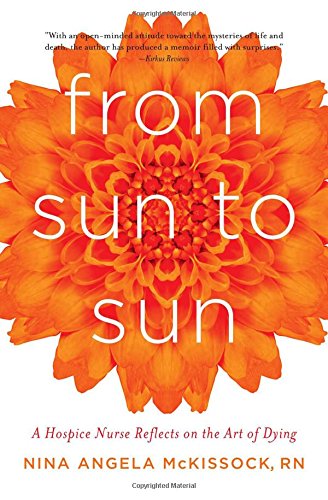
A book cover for From Sun to Sun: A Hospice Nurse Reflects on the Art of Dying; Nina Angela McKissock; Self-Help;